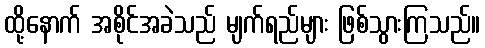
ထို့နောက် အစိုင်အခဲသည် မျက်ရည်များ ဖြစ်သွားကြသည်။